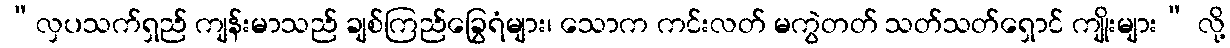
“လှပသက်ရှည် ကျန်းမာသည် ချစ်ကြည်ခြွေရံများ၊ သောက ကင်းလတ် မကွဲတတ် သတ်သတ်ရှောင် ကျိုးများ” လို့